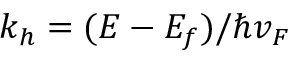
k _ { h } = ( E - E _ { f } ) / \hbar v _ { F }